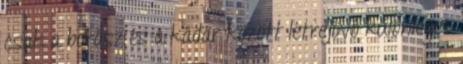
csak a borász és a kádár között létrejövô különleges